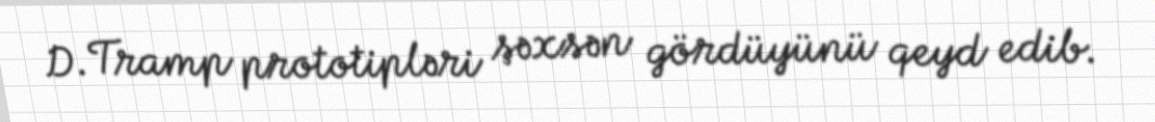
D.Tramp prototipləri şəxsən gördüyünü qeyd edib.